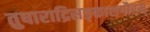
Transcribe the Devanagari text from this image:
तुषाराद्रिसङ्काशगौरम्